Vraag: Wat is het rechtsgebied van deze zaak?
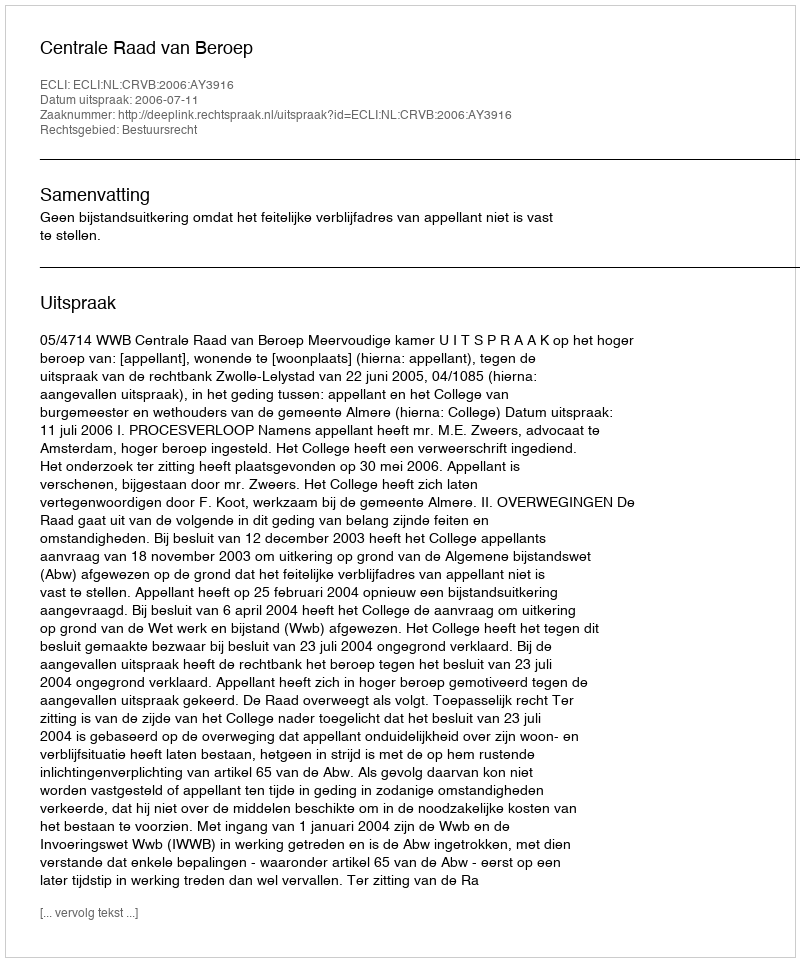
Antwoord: Bestuursrecht